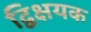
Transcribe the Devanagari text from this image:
द्विक्षयक